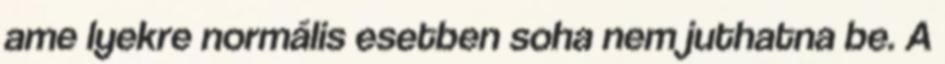
ame­ lyekre normális esetben soha nem juthatna be. A